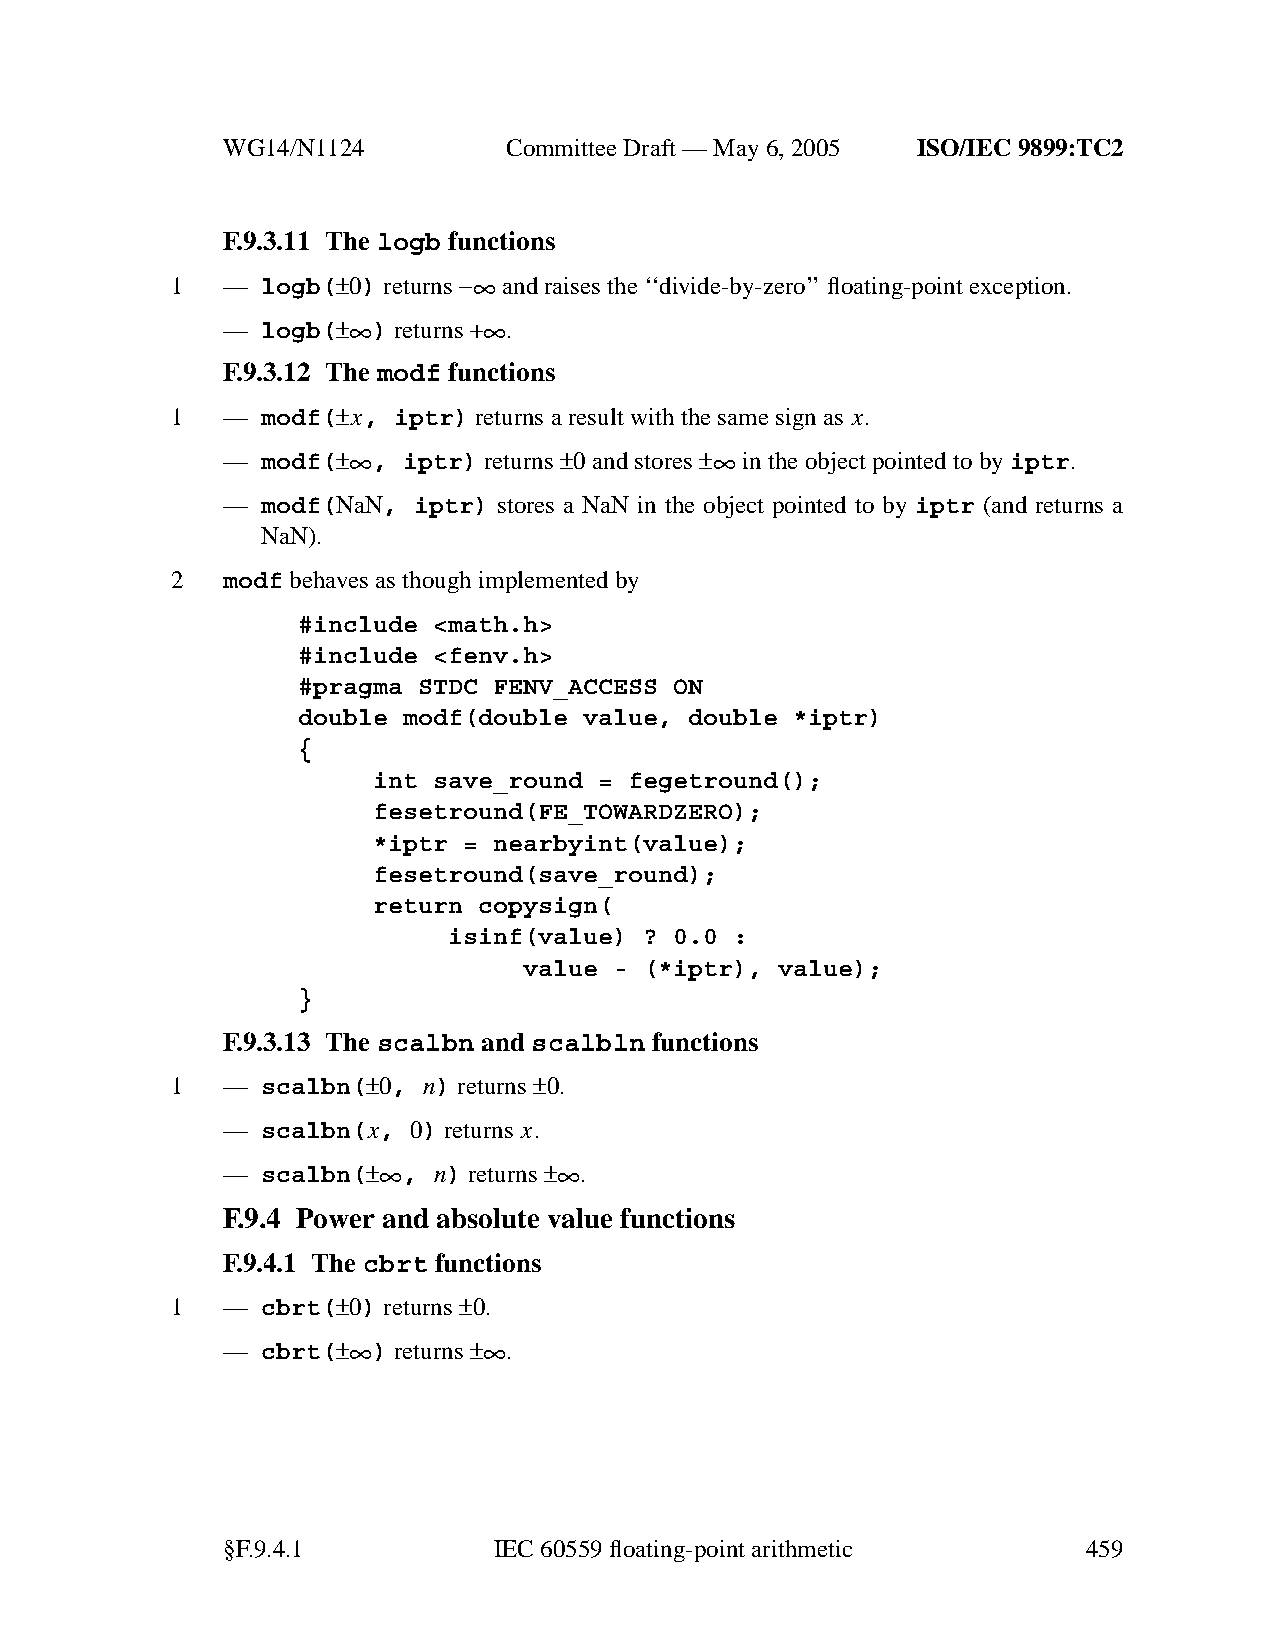
WG14/N1124        CommitteeDraft — May 6, 2005 ISO/IEC 9899:TC2
 F.9.3.11 The logb functions
 1   — logb(±0) returns−∞ and raises the ‘‘divide-by-zero’’ floating-point exception.
 —
 logb(±∞
 )
 returns+∞
 .
 F.9.3.12 The modf functions
 1   — modf(±x, iptr) returns a result with the same sign as x.
 — modf(±∞ , iptr) returns±0and stores ±∞ in the object pointed to byiptr.
 — modf(NaN, iptr) stores a NaN in the object pointed to by iptr (and returns a
 NaN).
 2   modf behavesasthough implemented by
 #include <math.h>
 #include <fenv.h>
 #pragma STDC FENV_ACCESS ON
 double modf(double value, double *iptr)
 {
 int save_round = fegetround();
 fesetround(FE_TOWARDZERO);
 *iptr = nearbyint(value);
 fesetround(save_round);
 return copysign(
 isinf(value) ? 0.0 :
 value - (*iptr), value);
 }
 F.9.3.13 The scalbn and scalbln functions
 1   — scalbn(±0, n) returns±0.
 — scalbn(x, 0) returns x.
 —
 scalbn(±∞
 , n)
 returns±∞
 .
 F.9.4 Power and absolute value functions
 F.9.4.1 The cbrt functions
 1   — cbrt(±0) returns±0.
 —
 cbrt(±∞
 )
 returns±∞
 .
 §F.9.4.1          IEC60559 floating-point arithmetic     459